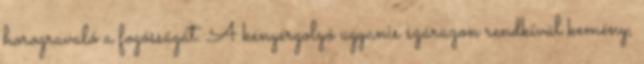
horogravaló a fogósságát. A kenyérgolyó ugyanis szárazon rendkívül kemény,